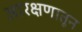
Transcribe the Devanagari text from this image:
आरक्षणातून